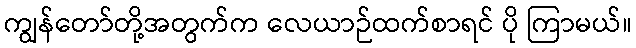
ကျွန်တော်တို့အတွက်က လေယာဉ်ထက်စာရင် ပို ကြာမယ်။